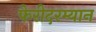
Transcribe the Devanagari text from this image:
फेरीदरम्यान